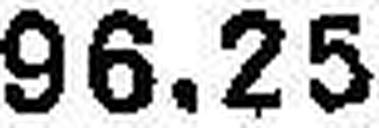
96.25